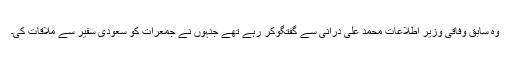
وہ سابق وفاقی وزیر اطلاعات محمد علی درانی سے گفتگوکر رہے تھے جنہوں نے جمعرات کو سعودی سفیر سے ملاقات کی۔